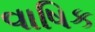
વાષિક